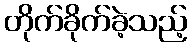
တိုက်ခိုက်ခဲ့သည့်